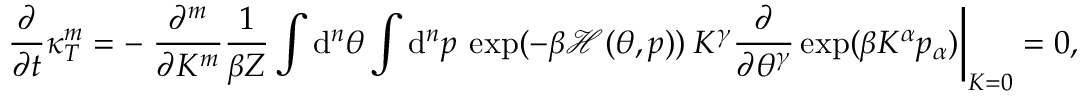
\frac { \partial } { \partial t } \kappa _ { T } ^ { m } = - \left. \frac { \partial ^ { m } } { \partial K ^ { m } } \frac { 1 } { \beta Z } \int \mathrm { d } ^ { n } \theta \int \mathrm { d } ^ { n } p \: \exp ( - \beta \mathcal { H } ( \theta , p ) ) \: K ^ { \gamma } \frac { \partial } { \partial \theta ^ { \gamma } } \exp ( \beta K ^ { \alpha } p _ { \alpha } ) \right| _ { K = 0 } = 0 ,